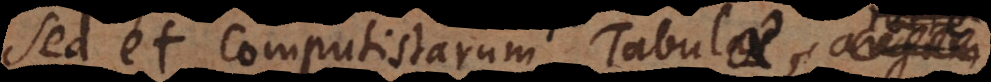
sed et computistarum rat